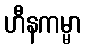
ဟီနကမ္မာ